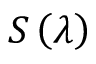
S \left( \lambda \right)